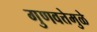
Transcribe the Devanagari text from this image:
गुणवत्तेमुळे